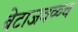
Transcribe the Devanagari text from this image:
बेटाजवळ्च